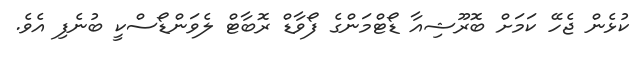
ކުޅެން ޖެހޭ ކަމަށް ބޮރޫޝިއާ ޑޯޓްމަންގެ ފޯވާޑް ރޮބާޓް ލެވަންޑޯސްކީ ބުނެފި އެވެ.